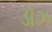
ડૉઝ